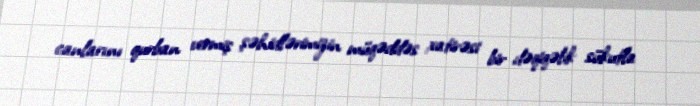
canlarını qurban vermiş şəhidlərimizin müqəddəs xatirəsi bir dəqiqəlik sükutla